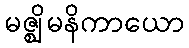
မဇ္ဈိမနိကာယော